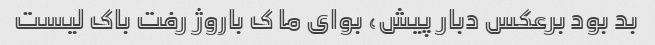
بد بود برعکس دبار پیش، بوای ما ک باروژ رفت باک لیست